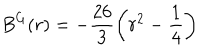
B ^ { G } ( r ) = - \frac { 2 6 } { 3 } \left( r ^ { 2 } - \frac { 1 } { 4 } \right)